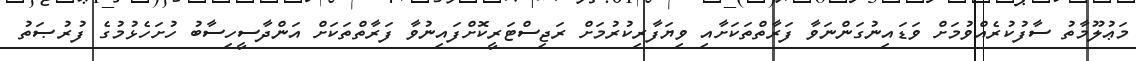
މަޢުލޫމާތު ސާފުކުރެއްވުމަށް ވަޑައިނުގަންނަވާ ފަރާތްތަކަށާއި ވިޔަފާރިކުރުމަށް ރަޖިސްޓަރީކޮށްފައިނުވާ ފަރާތްތަކަށް އަންދާސީހިސާބު ހުށަހެޅުމުގެ ފުރުޞަތު